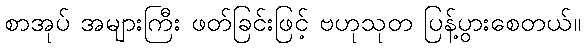
စာအုပ် အများကြီး ဖတ်ခြင်းဖြင့် ဗဟုသုတ ပြန့်ပွားစေတယ်။